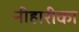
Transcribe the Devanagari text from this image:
नीहारीका